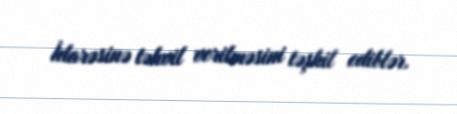
İdarəsinə təhvil verilməsini təşkil ediblər.